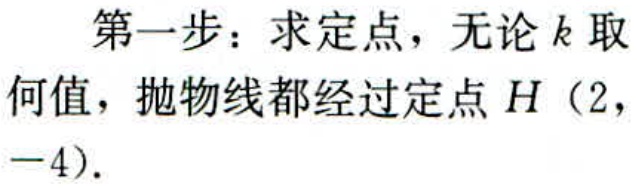
第一步：求定点，无论\(k\)取何值，抛物线都经过定点\(H(2,-4)\)。